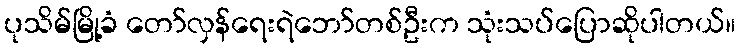
ပုသိမ်မြို့ခံ တော်လှန်ရေးရဲဘော်တစ်ဦးက သုံးသပ်ပြောဆိုပါတယ်။